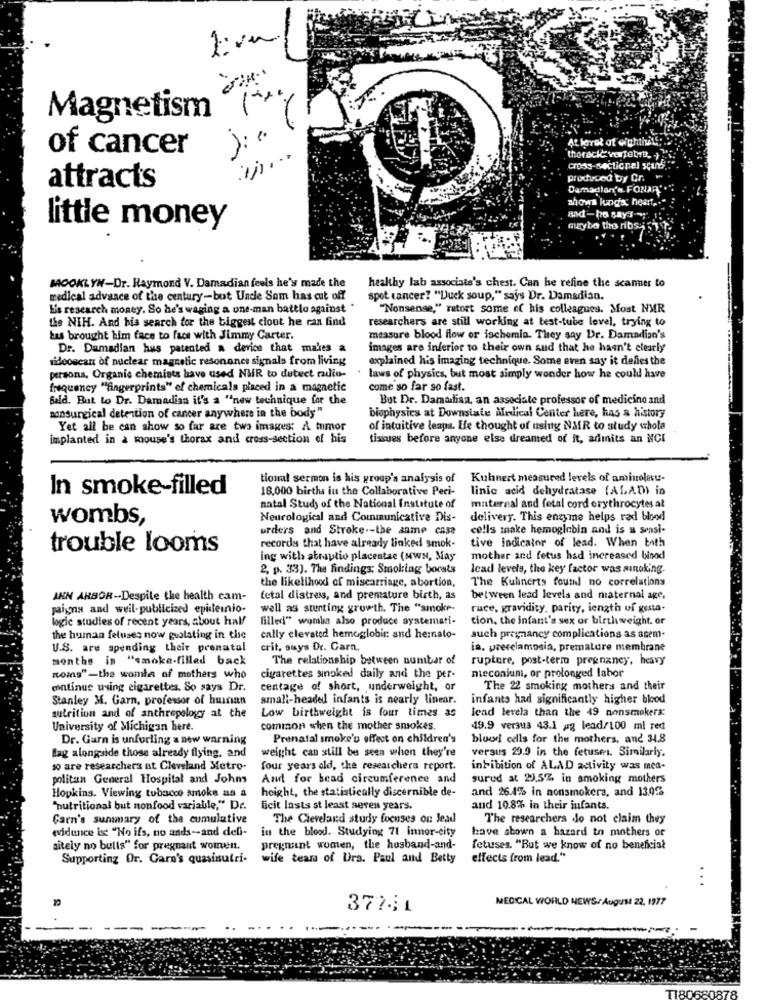
Magnetism
of cancer
in ...
thoracic vertebra, )
produced by Cr.
attracts
ahows lunds heart ...
and -bo say's-
little money
mayto the ribs- 51.
MOOKLYN-Dr. Raymond V. Damadian feels he's made the
healthy lab associate's chest. Can be refine the scanner to
medical advance of the century-but Uncle Sam has cut off
spot cancer? "Duck soup," says Dr. Damadian.
L's research money. So he's waging a one-man battle against "
"Nonsense," retort some of his colleagues. Most NMR
the NIH. And his search for the biggest clout he can find
researchers are still working at test-tube level, trying to
bus brought him face to face with Jimmy Carter.
measure blood flow or ischemia. They say Dr. Damadion's
Dr. Damadian hus patented a device that makes a
images are inferior to their own aud that he hasn't clearly
nidooscar of nuclear magnetic resonance signals from living
explained his imaging technique. Some even say it defies the
persona, Organic chemists have used NUR to detect radio-
laws of physics, but most simply wonder how he could have
frequency "fingerprints" of chemicals placed in a magnetic
come so far so fast.
Bald. But Lo Dr. Damadian it's a "new technique for the
But Dr. Damudian, an associate professor of medicine and
nonsurgical detention of cancer anywhere in the body"
biophysics at Downstate Medical Center here, has a history
Yet all be can show so far are two images: A tumor
of intuitive leaps. Efe thought of uslug NMR to study whola
implanted in a mouse's thorax and cross-section of his
tissues before anyone else dreamed of it, adinits an NCI
tional sermon is his group's analysis of
Kuhnert measured levels of aminolou-
In smoke-filled
18,000 births in the Collaborative Peri-
linic acid dehydratase (ALAD) in
natal Study of the National Institute of
maternal and fetal cord erythrocytes at
wombs,
Neurological and Communicative Dis-
delivery. This enzyme helps rad blood
orders and Stroke -- the same case
cells make hemoglobin and is a sensi-
tive indicator of lead. When both
trouble looms
records that have already linked smok-
ing with abruptio placentac (MWN, May
mother and fetus had increased binod
2, p. 33). The findings: Smoking boosts
Icad levels, the key factor was sinoking.
The Kuhnerts found no correlations
the likelihood of miscarriage, abortion,
ANN ARBOR -- Despite the health cam-
fetal distress, and premature birth, as
between lead levels and maternal age,
paigns and weil-publicized epileinio-
well as stunting growth. The "smoke-
ruce, gravidity. parity, length of gesta-
logic studies of recent years, about half
filled" womba also produce systemati-
cion. the infant's sex or birthweight. or
the human fetuses now gulating in the
cally elevated hemoglobin and hernato-
auch pregnancy complications as asem-
U.S. are spending their prenatal
crit, says Dr. Garn.
ia, precelamosia, premature membrane
months in "smoke-filled back
The relationship between number of
rupture, post-term pregnancy, heavy
noms"-the womte of mothers who
cigarettes sinoked daily and the per-
nieconiuni, or prolonged labor
continus using cigarettes. So says Dr.
centage of short, underweight, or
The 22 smoking mothers and their
Stanley M. Garn, professor of hurrian
small-headed infants is nearly linear.
infants had significantly higher blood
Low birthweight is four times as
lead lerela than the 49 nonsmokers:
nutrition and of anthropology at the
University of Michigan here.
common when the mother smokes.
49.9 versus 43.1 ag lead/100 ml red
Dr. Garn is unfurling a new warning
Prenatal smoke's effect on children's
blood cells for the mothers, and 34.8
weight can still be seen when they're
versus 20.0 in the fetuses. Similarly.
Bag alongside those already flying, and
1 are researchers at. Cleveland Metro-
four years old, the researchers report.
inhibition of ALAD activity was med-
politan General Hospital and Johns
And for bead circumference and
surud at 29.5%. in smoking mothers
height, the statistically discernible de-
and 26.4% in nonsmokers, and 13.02
....
Hopkins. Viewing tobacco smoke as a
"nutritional but nonfood variabile," De.
ficit lasts st least seven years.
and 10.8% in their infants.
Carn's summary of the cumulative
The Cleveland study focuses on Jead
The researchers do not claim they
«idance is "No ifs, no ands-and del-
in the blood. Studying 71 innor-city
have shown a hazard to mothers or
aitely no bulls" for pregnant women.
pregnant women, the hosband-and-
fetuses. "But we know of no beneficial
Supporting Or. Garn's quasinutri-
wife tears of Urs. Paul and Betty
effects from lead."
...
MEDICAL WORLD NEWS/August 22. 1977
377;1